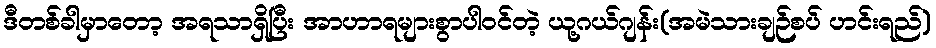
ဒီတစ်ခါမှာတော့ အရသာရှိပြီး အာဟာရများစွာပါဝင်တဲ့ ယု့ဂယ်ဂျန်း(အမဲသားချဉ်စပ် ဟင်းရည်)